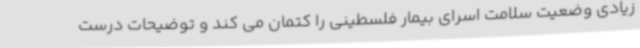
زیادی وضعیت سلامت اسرای بیمار فلسطینی را کتمان می کند و توضیحات درست